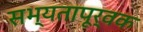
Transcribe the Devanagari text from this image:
सभ्यतापूर्वक